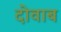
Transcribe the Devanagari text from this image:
दोवाब